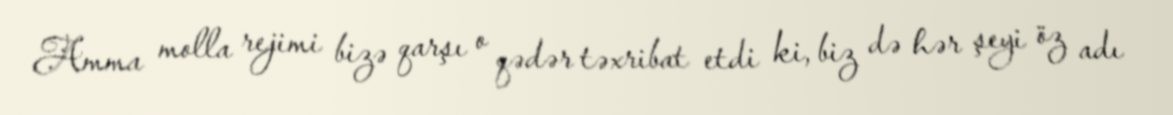
Amma molla rejimi bizə qarşı o qədər təxribat etdi ki, biz də hər şeyi öz adı